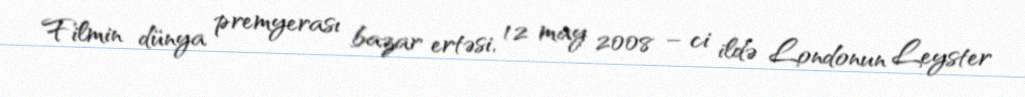
Filmin dünya premyerası bazar ertəsi, 12 may 2008 – ci ildə Londonun Leyster